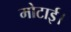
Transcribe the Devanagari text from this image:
मोटाई।